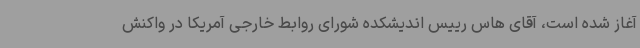
آغاز شده است، آقای هاس رییس اندیشکده شورای روابط خارجی آمریکا در واکنش